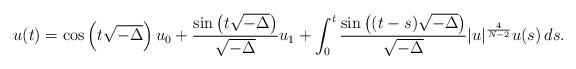
LaTeX: \begin{align*} u(t)=\cos\left( t\sqrt{-\Delta} \right)u_0+\frac{\sin\left( t\sqrt{-\Delta} \right)}{\sqrt{-\Delta}}u_1+\int_0^t\frac{\sin\left( (t-s)\sqrt{-\Delta} \right)}{\sqrt{-\Delta}}|u|^{\frac{4}{N-2}}u(s)\,ds. \end{align*}